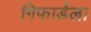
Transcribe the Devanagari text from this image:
गिफार्डला